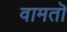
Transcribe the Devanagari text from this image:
वामतॊ